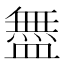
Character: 𬐳